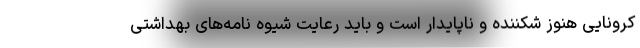
کرونایی هنوز شکننده و ناپایدار است و باید رعایت شیوه نامه‌های بهداشتی